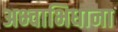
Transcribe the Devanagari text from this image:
अभ्वाभिधाना